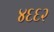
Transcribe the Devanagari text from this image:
४६६२